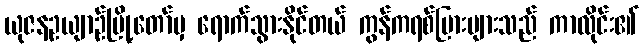
ယုဇနဥယျာဉ်မြို့တော်မှ ရောက်သွားနိုင်တယ် ကွန်ကရစ်ပြားများသည် ကာလိုင်း၏